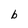
Character: b